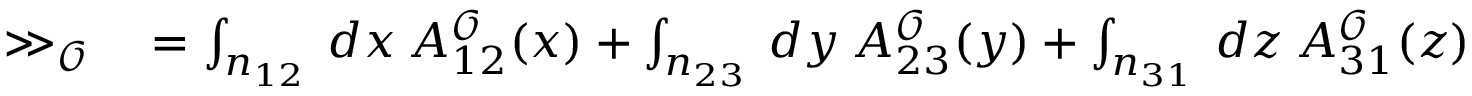
\begin{array} { r l } { \gg _ { \mathscr { O } } } & { { } = \int _ { n _ { 1 2 } } \: d x \: { A } _ { 1 2 } ^ { \mathscr { O } } ( x ) + \int _ { n _ { 2 3 } } \: d y \: { A } _ { 2 3 } ^ { \mathscr { O } } ( y ) + \int _ { n _ { 3 1 } } \: d z \: { A } _ { 3 1 } ^ { \mathscr { O } } ( z ) } \end{array}